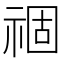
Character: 祻